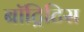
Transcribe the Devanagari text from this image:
बॉट्रिटिस